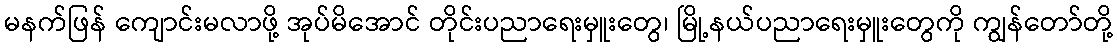
မနက်ဖြန် ကျောင်းမလာဖို့ အုပ်မိအောင် တိုင်းပညာရေးမှူးတွေ၊ မြို့နယ်ပညာရေးမှူးတွေကို ကျွန်တော်တို့